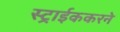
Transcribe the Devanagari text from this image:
स्ट्राईककरने